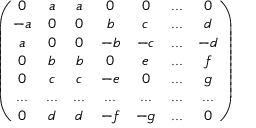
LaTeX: \left( \begin{array} { c c c c c c c } { { 0 } } & { { a } } & { { a } } & { { 0 } } & { { 0 } } & { { . . . } } & { { 0 } } \\ { { - a } } & { { 0 } } & { { 0 } } & { { b } } & { { c } } & { { . . . } } & { { d } } \\ { { a } } & { { 0 } } & { { 0 } } & { { - b } } & { { - c } } & { { . . . } } & { { - d } } \\ { { 0 } } & { { b } } & { { b } } & { { 0 } } & { { e } } & { { . . . } } & { { f } } \\ { { 0 } } & { { c } } & { { c } } & { { - e } } & { { 0 } } & { { . . . } } & { { g } } \\ { { . . . } } & { { . . . } } & { { . . . } } & { { . . . } } & { { . . . } } & { { . . . } } & { { . . . } } \\ { { 0 } } & { { d } } & { { d } } & { { - f } } & { { - g } } & { { . . . } } & { { 0 } } \end{array} \right)